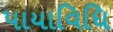
પાયાવિધિ